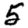
Digit: 5